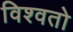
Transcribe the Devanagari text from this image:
विश्वतो